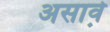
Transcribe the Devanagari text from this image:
असाव़े